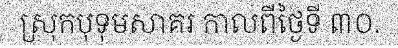
ស្រុកបុទុមសាគរ កាលពីថ្ងៃទី ៣០.